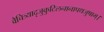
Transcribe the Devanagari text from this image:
वैचित्र्यादृजुकुटिलनानापथजुषाम्।